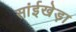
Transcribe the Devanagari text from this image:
सांईखेड़ा